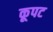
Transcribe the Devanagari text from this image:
कूपट